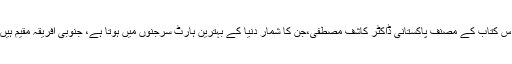
اس کتاب کے مصنف پاکستانی ڈاکٹر کاشف مصطفی،جن کا شمار دنیا کے بہترین ہارٹ سرجنوں میں ہوتا ہے، جنوبی افریقہ مقیم ہیں۔